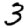
Digit: 3